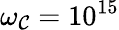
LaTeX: \omega_{\mathcal{C}}=10^{15}